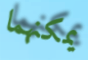
يمكنهما